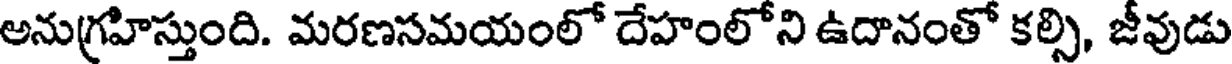
అనుగ్రహిస్తుంది. మరణసమయంలో దేహంలోని ఉదానంతో కల్సి, జీవుడు